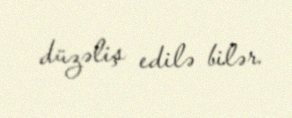
düzəliş edilə bilər.